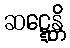
ဆဋ္ဋေန္တိ